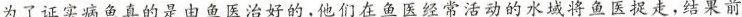
为了证实病鱼真的是由鱼医治好的，他们在鱼医经常活动的水域将鱼医捉走，结果前